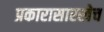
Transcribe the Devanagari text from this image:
प्रकारासारखेच